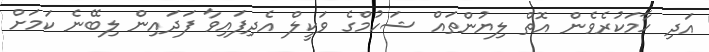
އަދި ހާމަކުރެވެން އޮތް ލިޔުންތައް ޝަހުމްގެ ވަކީލް އެދިފައިވާ ފަދައިން ލިބޭނެ ކަމަށް